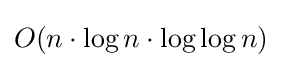
O(n\cdot \log n\cdot \log \log n)